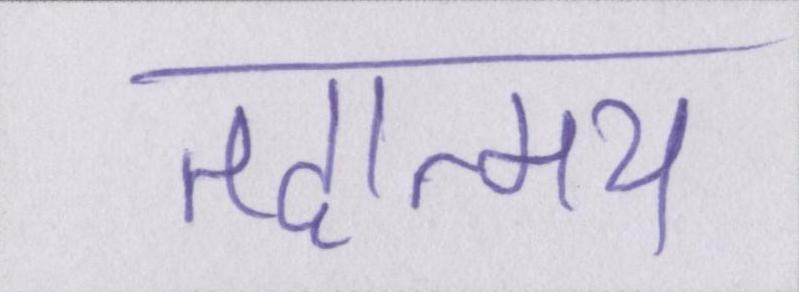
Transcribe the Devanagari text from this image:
तदात्म्य